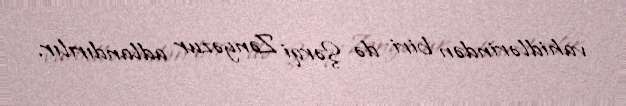
vahidlərindən biri də Şərqi Zəngəzur adlandırılır.